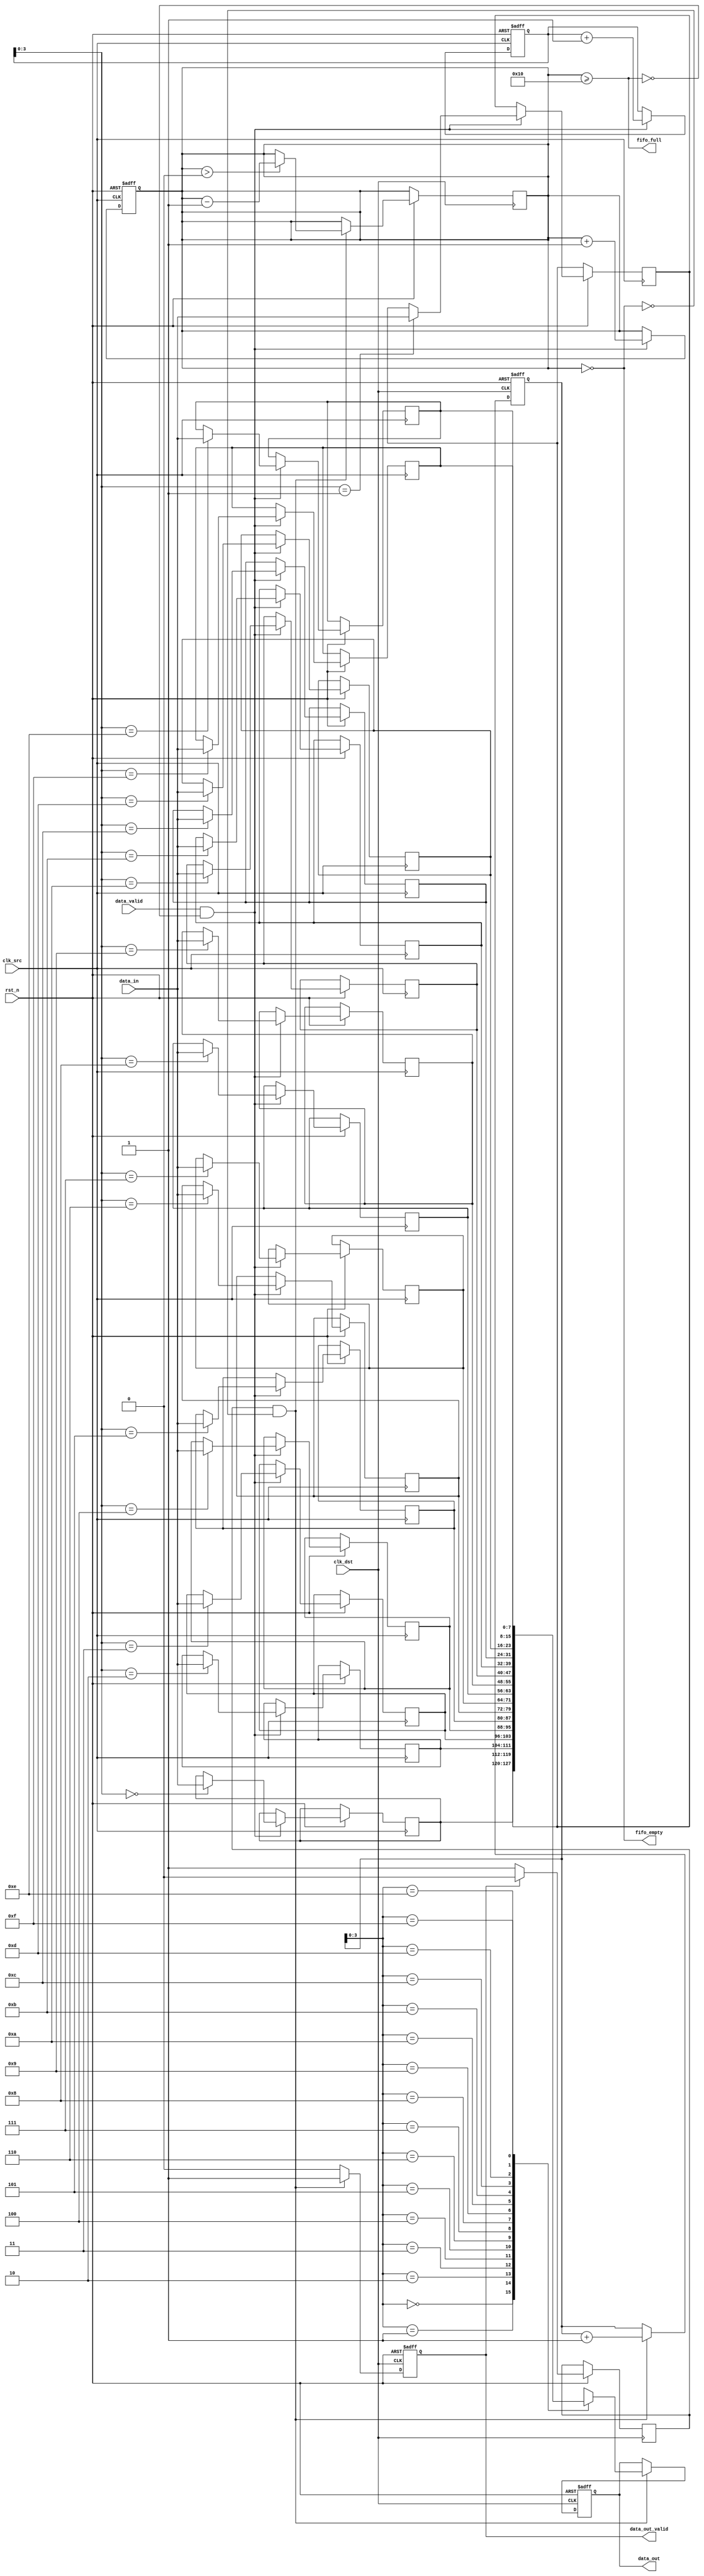
module burst_mode_synchronizer #(
    parameter DATA_WIDTH = 8,
    parameter FIFO_DEPTH = 16
)(
    input wire clk_src,               // Source clock (faster)
    input wire clk_dst,               // Destination clock (slower)
    input wire rst_n,                 // Asynchronous reset (active low)
    input wire [DATA_WIDTH-1:0] data_in,  // Data input from source clock domain
    input wire data_valid,            // Data valid signal from source clock domain
    output reg [DATA_WIDTH-1:0] data_out, // Data output to destination clock domain
    output reg data_out_valid,        // Data valid signal for the destination clock domain
    output wire fifo_full,            // FIFO full flag
    output wire fifo_empty             // FIFO empty flag
);

    // FIFO Buffer
    reg [DATA_WIDTH-1:0] fifo [0:FIFO_DEPTH-1];
    reg [4:0] write_ptr, read_ptr;
    reg [4:0] fifo_count;

    // Handshaking signals
    reg data_ready_src;
    reg data_ready_dst;

    // Write logic in source clock domain
    always @(posedge clk_src or negedge rst_n) begin
        if (!rst_n) begin
            write_ptr <= 0;
            fifo_count <= 0;
            data_ready_src <= 0;
        end else begin
            if (data_valid && !fifo_full) begin
                fifo[write_ptr] <= data_in;
                write_ptr <= write_ptr + 1;
                fifo_count <= fifo_count + 1;
                data_ready_src <= 1; // Data is ready to be read
            end
            if (data_ready_src && !data_ready_dst) begin
                data_ready_src <= 0; // Clear data ready flag
            end
        end
    end

    // Read logic in destination clock domain
    always @(posedge clk_dst or negedge rst_n) begin
        if (!rst_n) begin
            read_ptr <= 0;
            data_out_valid <= 0;
            data_out <= 0;
        end else begin
            if (data_ready_dst && !fifo_empty) begin
                data_out <= fifo[read_ptr];
                read_ptr <= read_ptr + 1;
                data_out_valid <= 1; // Signal that data is valid
                if (fifo_count > 0) fifo_count <= fifo_count - 1;
            end else begin
                data_out_valid <= 0; // Clear valid signal
            end
            if (data_out_valid) begin
                data_ready_dst <= 0; // Clear destination ready flag
            end else begin
                data_ready_dst <= 1; // Indicate data is ready to be read
            end
        end
    end

    // FIFO status flags
    assign fifo_full = (fifo_count >= FIFO_DEPTH);
    assign fifo_empty = (fifo_count == 0);

endmodule